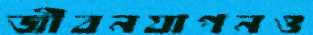
জীবনযাপনও